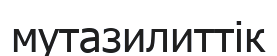
мутазилиттік